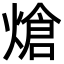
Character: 熗